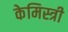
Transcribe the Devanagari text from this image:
केमिस्त्री